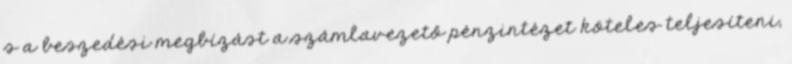
s a beszedési megbízást a számlavezető pénzintézet köteles teljesíteni,